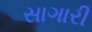
સાગારી